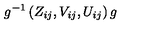
g ^ { - 1 } \left( Z _ { i j } , V _ { i j } , U _ { i j } \right) g